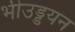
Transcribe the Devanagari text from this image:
भीउड्डयन